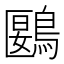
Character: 鶠